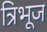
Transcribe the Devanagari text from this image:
त्रिभूज